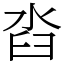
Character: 㳫